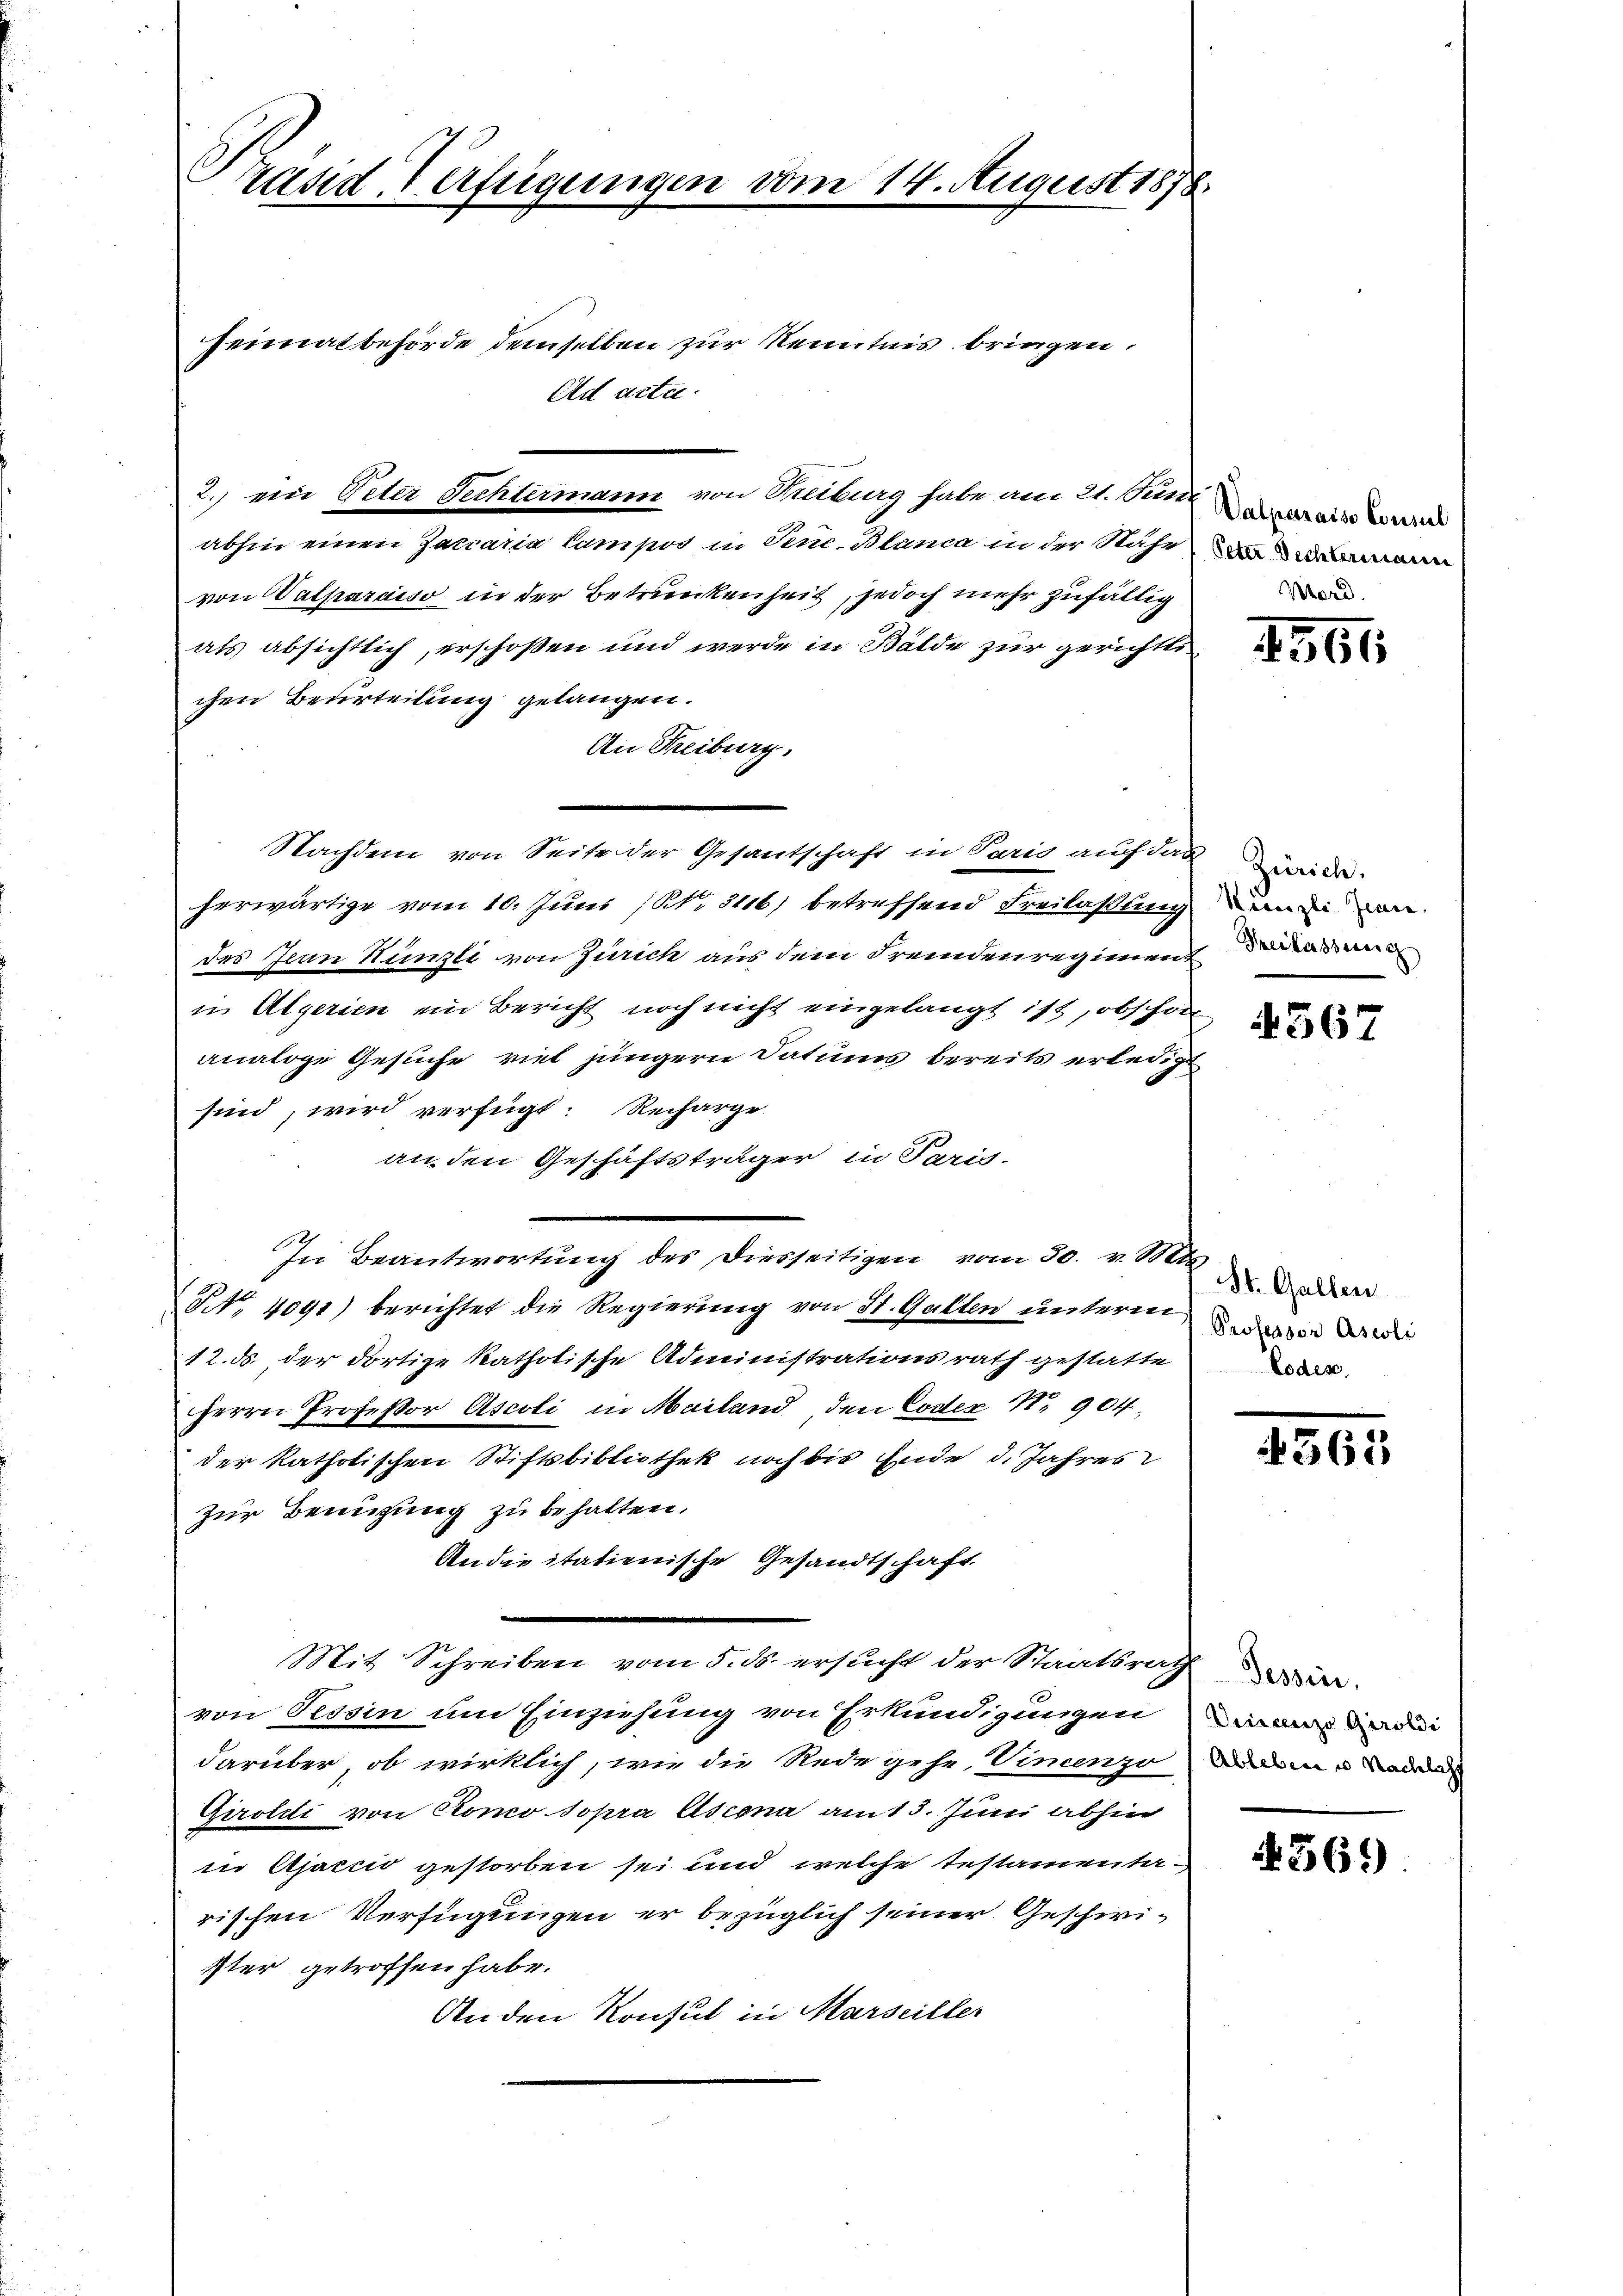
Präsid. Verfügung

Heimatbehörde demselben zur Kenntnis bringen.
Ad acte.
2.) ein Peter Sechtermann von Treiburg habe am 21. Junz in
abhin einen Zarcaria Campos in Teue-Blanca in der Nähe
von Valparaiso in der Betrunkenheit, jedoch mehr zufällig
als absichtlich, erschoßen und werde in Bälde zur gerichtti
chen Beurteilung gelangen.
An Freiburg.
Nachdem von Seite der Gesantschaft in Paris auf das wide
herwärtige vom 10. Juni (N. 3116) betreffend Freilaßung
des Jean Künzli von Zürich aus dem Fremdenregiment de das mi
i. Algerien ein Bericht noch nicht eingelangt ist, obschon
analoge Gesuche viel jüngern Datums bereits erledigt
sind, wird verfügt: Recharge.
an den Geschäftsträger in Paris.
In Beantwortung des Diesseitigen vom 30. v. Mts.
NNo. 4091) berichtet die Regierung von St. Gallen unterm des in der
12. ds. der dortige katholische Administrationsrath gestatte
Herrn Professor Ascoli in Mailand den Codex N. 904.
der katholischen Stiftsbibliothek noch bis Ende d. Jahres
zur Benutzung zu behalten.
Ander itationische Gesandtschaft
Mit Schreiben vom 5. ds. ersucht der Staatsrath
von Tessin um Einziehung von Erkundigungen ande
darüber, ob wirklich, wie die Rede gehe, Vincenzo
Giroldi von Rono sopra Ascena am 13. Juni abhin
in Ajaccio gestorben sei und welche testamentarischen Verfügungen er bezüglich seiner Geschwister getroffen habe.
An den Konsul in Marseiller

14. August 1878.

Peter Rechtermann
Mard.

1561

Krenzli Jeanne.

567

St. Gallen.
Lodes,

1261.

Tessin.
Ableben u. Nachlacht

Nr. 361)